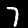
Digit: 7